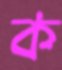
ক